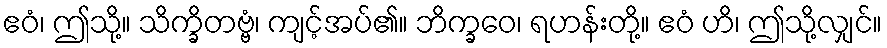
ဧဝံ၊ ဤသို့။ သိက္ခိတဗ္ဗံ၊ ကျင့်အပ်၏။ ဘိက္ခဝေ၊ ရဟန်းတို့။ ဧဝံ ဟိ၊ ဤသို့လျှင်။